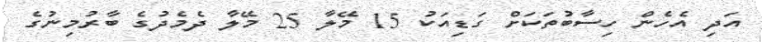
އަދި އެހެން ހިސާބުތަކަށް ގަޑިއަކު 15 މޭލާ 25 މޭލާ ދެމެދުގެ ބާރުމިނުގެ